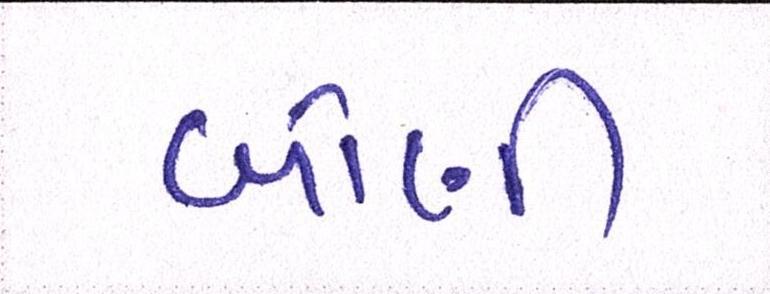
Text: બોણી